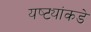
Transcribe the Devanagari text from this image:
यष्ट्यांकडे